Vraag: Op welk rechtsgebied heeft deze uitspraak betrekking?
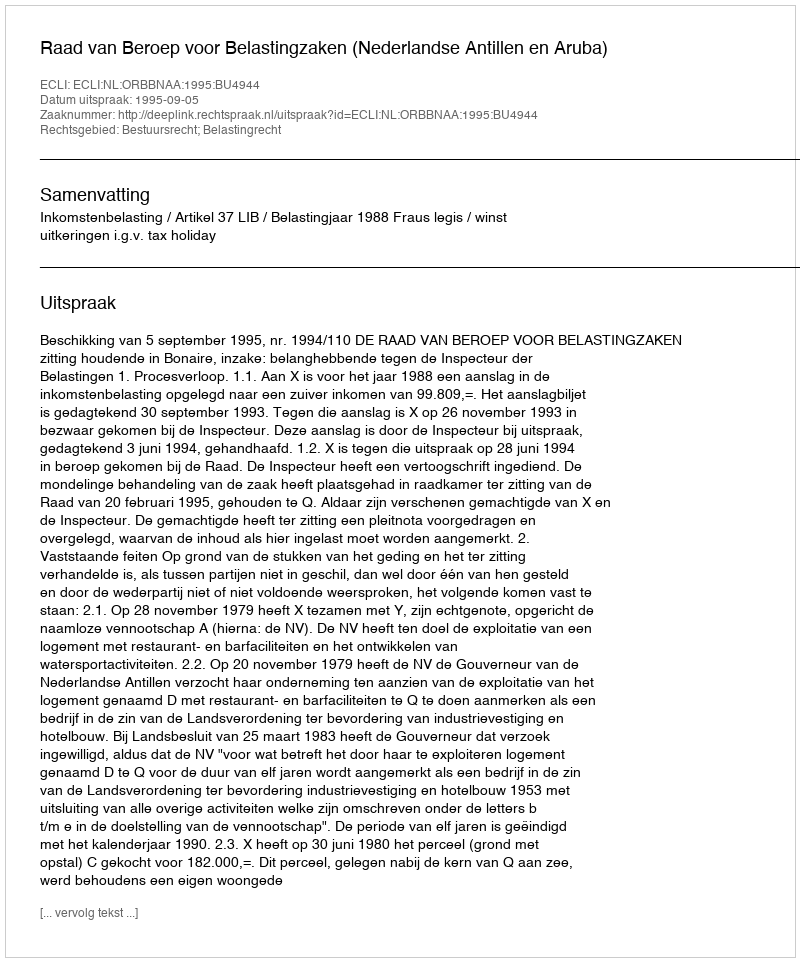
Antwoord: Bestuursrecht; Belastingrecht